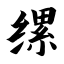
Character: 缧